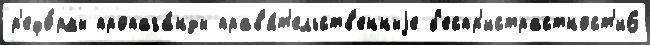
р'ефо́рмы пропага́нды прав'и́т'ельств'енныjе б'еспр'истрастност'и6